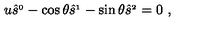
u \hat { s } ^ { _ 0 } - \cos \theta \hat { s } ^ { _ 1 } - \sin \theta \hat { s } ^ { _ 2 } = 0 \ ,